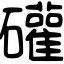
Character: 礶